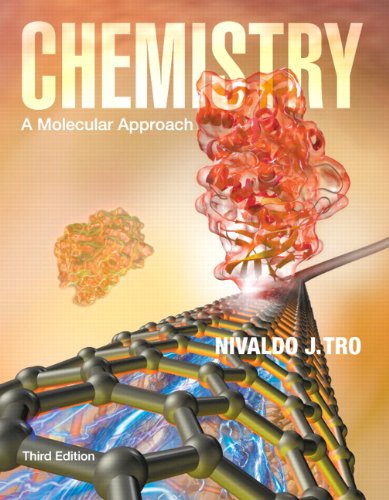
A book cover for Chemistry: A Molecular Approach Plus MasteringChemistry with eText -- Access Card Package (3rd Edition); Nivaldo J. Tro; Science & Math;